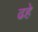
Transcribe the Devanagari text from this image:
ढहे